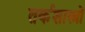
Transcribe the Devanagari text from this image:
तर्कशास्त्रों